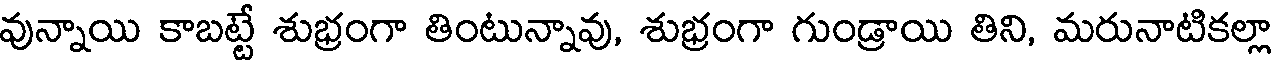
వున్నాయి కాబట్టే శుభ్రంగా తింటున్నావు, శుభ్రంగా గుండ్రాయి తిని, మరునాటికల్లా